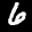
Label: 6